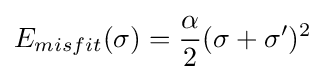
E_{misfit}(\sigma )={\frac {\alpha }{2}}(\sigma +\sigma ')^{2}